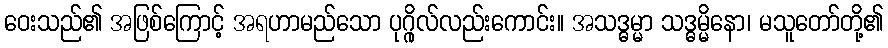
ဝေးသည်၏ အဖြစ်ကြောင့် အရဟာမည်သော ပုဂ္ဂိုလ်လည်းကောင်း။ အသဒ္ဓမ္မာ သဒ္ဓမ္မိနော၊ မသူတော်တို့၏